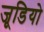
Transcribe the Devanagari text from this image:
जूडियो